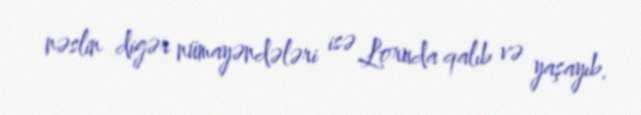
nəslin digər nümayəndələri isə Loruda qalıb və yaşayıb.